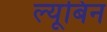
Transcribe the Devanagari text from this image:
ल्यूबिन